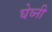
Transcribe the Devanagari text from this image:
घेव्नी